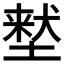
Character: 𫮜